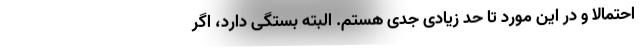
احتمالا و در این مورد تا حد زیادی جدی هستم. البته بستگی دارد، اگر